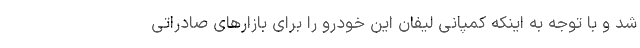
شد و با توجه به اینکه کمپانی لیفان این خودرو را برای بازارهای صادراتی